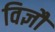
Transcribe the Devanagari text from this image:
विज्ञौं